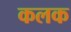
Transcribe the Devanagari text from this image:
कलक